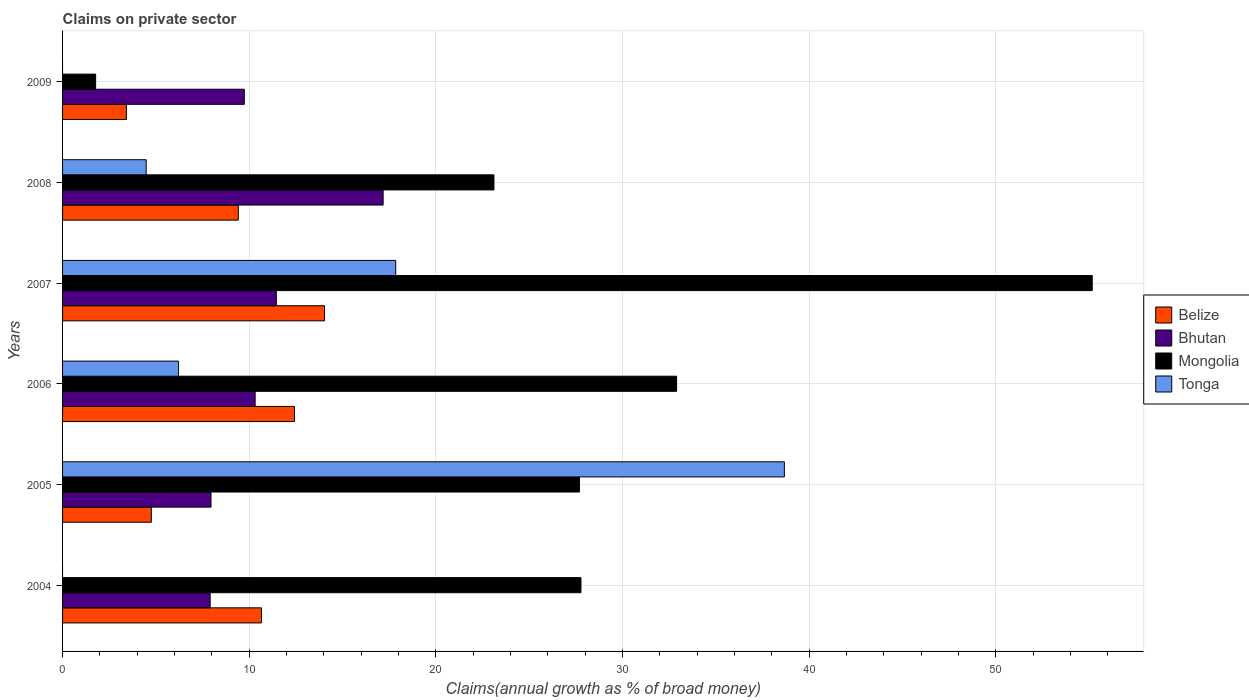
| Years | Belize | Bhutan | Mongolia | Tonga |
 | --- | --- | --- | --- | --- |
 | 2004 | 10.7 | 7.91 | 27.8 | -3.82 |
 | 2005 | 4.76 | 7.95 | 27.7 | 38.7 |
 | 2006 | 12.4 | 10.3 | 32.9 | 6.22 |
 | 2007 | 14 | 11.5 | 55.2 | 17.8 |
 | 2008 | 9.42 | 17.2 | 23.1 | 4.48 |
 | 2009 | 3.42 | 9.74 | 1.77 | -9.82 |